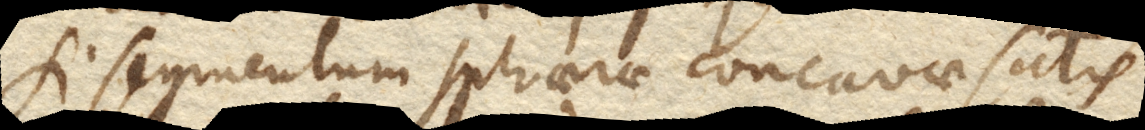
Si segmentum sphaerae concavae satis